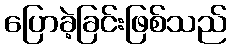
ပြောခဲ့ခြင်းဖြစ်သည်